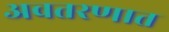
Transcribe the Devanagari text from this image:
अवतरणात